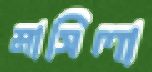
মাসিলা